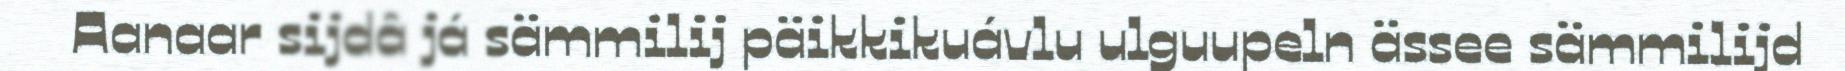
Aanaar sijdâ já sämmilij päikkikuávlu ulguupeln ässee sämmilijd